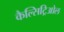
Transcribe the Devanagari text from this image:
कैल्सिट्रिओल